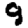
Digit: 9